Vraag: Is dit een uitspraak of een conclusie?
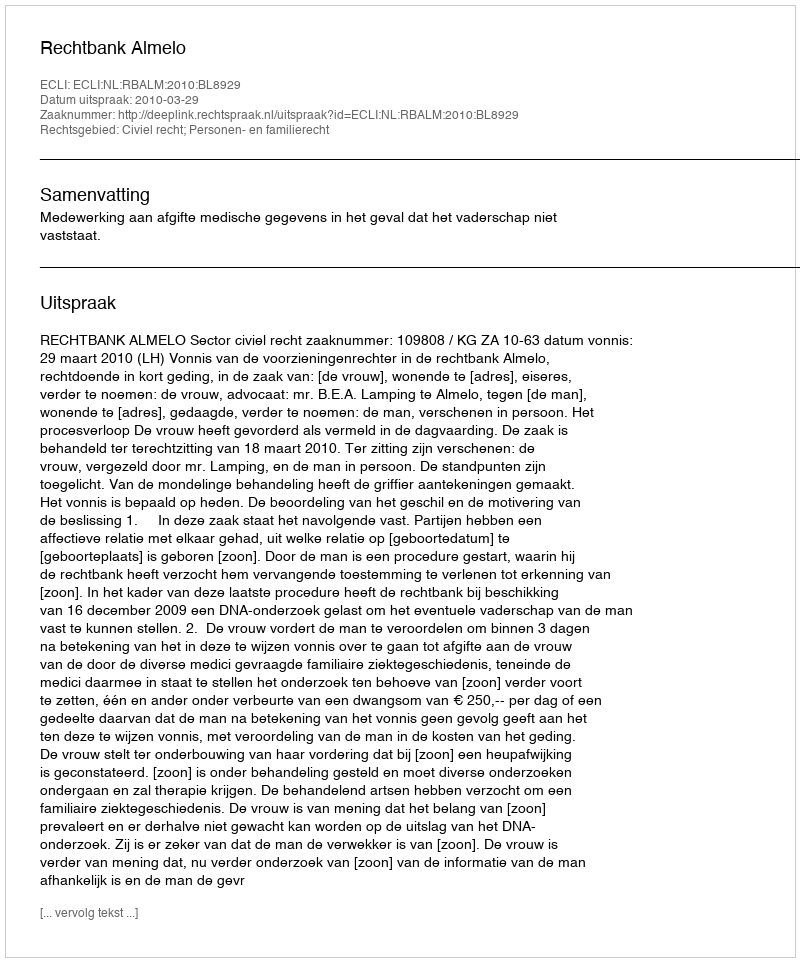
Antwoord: Uitspraak